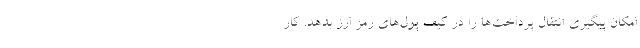
امکان پیگیری انتقال پرداخت‌ها را در کیف پول‌های رمز ارز بدهد. کار